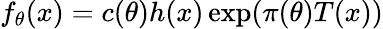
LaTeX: f_{\theta}(x)=c(\theta)h(x)\exp(\pi(\theta)T(x))